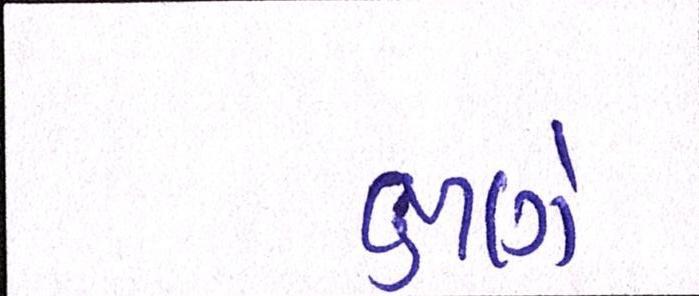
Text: ક્ષણે